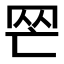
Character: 𦉺